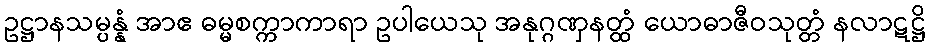
ဥဋ္ဌာနသမ္ပန္နံ အာဧ ဓမ္မစက္ကာကာရာ ဥပါယေသု အနုဂ္ဂဏှနတ္ထံ ယောဓာဇီဝသုတ္တံ နလာဋဋ္ဌိ